Report on horse surra - Volume I
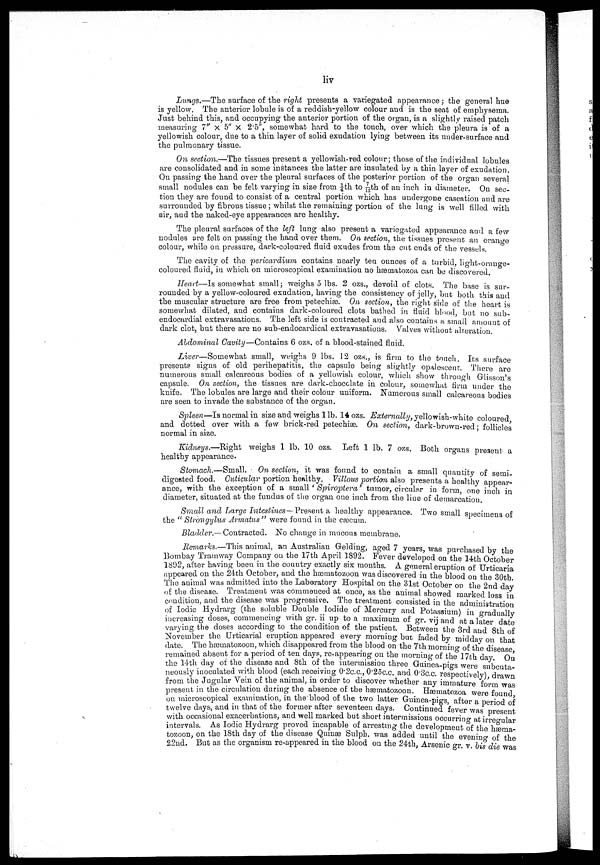
liv
Lungs.—The surface of the right presents a variegated appearance; the general hue
is yellow. The anterior lobule is of a reddish-yellow colour and is the seat of emphysema.
Just behind this, and occupying the anterior portion of the organ, is a slightly raised patch
measuring 7" × 5" × 2.5", somewhat hard to the touch, over which the pleura is of a
yellowish colour, due to a thin layer of solid exudation lying between its under-surface and
the pulmonary tissue.
On section.—The tissues present a yellowish-red colour; those of the individual lobules
are consolidated and in some instances the latter are insulated by a thin layer of exudation.
On passing the hand over the pleural surfaces of the posterior portion of the oro-an several
small nodules can be felt varying in size from 1/4th to 7/12th of an inch in diameter. On sec-
tion they are found to consist of a central portion which has undergone caseation and are
surrounded by fibrous tissue ; whilst the remaining portion of the lung is well filled with
air, and the naked-eye appearances are healthy.
The pleural surfaces of the left lung also present a variegated appearance and a few
nodules are felt on passing the hand over them. On section , the tissues present an orange
colour, while on pressure, dark-coloured fluid exudes from the cut ends of the vessels.
The cavity of the pericardium contains nearly ten ounces of a turbid, light-oranoe-
coloured fluid, in which on microscopical examination no hæniafcozoa can be discovered.
Heart—Is somewhat small; weighs 5 lbs. 2 ozs., devoid oF. clots. The base is sur-
rounded by a yellow-coloured exudation, having the consistency of jelly, but both this and
the muscular structure are free from petechiæ. On section, the right side of: the heart is
somewhat dilated, and contains dark-coloured clots bathed in fluid blood but no sub-
endocardial extravasations. The left side is contracted and also contains a small amount of
dark clot, but there are no sub-endocardial extravasations. Valves without alteration
Abdominal Cavity—Contains 6 ozs. of a blood-stained fluid.
Liver— Somewhat small, weighs 9 lbs. 12 ozs., is firm to the touch. Its surface
presents signs of old perihepatitis, the capsule being slightly opalescent:. There are
numerous small calcareous bodies of a yellowish colour, which" show through Glisson's
capsule. On section, the tissues are dark-chocolate in colour, somewhat firm under the
knife. The lobules are large and their colour uniform. Numerous small calcareous bodies
are seen to invade the substance of the organ.
Spleen—Is normal in size and weighs lib. 14 ozs. Externally,yellowish-white
coloured
and dotted over with a few brick-red petechiæ. On section, dark-brown-red ; follicles
normal in size.
Kidneys.—Right
weighs 1 lb. 10 ozs. Left 1 lb. 7 ozs. Both organs present a
healthy appearance.
Stomach.—Small.
On section, it was found to contain a small quantity of semi-
digested food. Cutikular portion healthy. Villous portion also presents a healthy appear-
ance, with the exception of a small 'Spirop)tera' tumor, circular in form, one inch in
diameter, situated at the fundus of the organ one inch from the line of demarcation
Small and Large Intestines — Present a healthy appearance. Two small specimens of
the " Strongylus Armatus" were found in the cæcum.
Bladder.— Contracted. No change in mucous membrane.
Remarks.—This animal, an Australian Gelding, aged 7 years, was purchased by the
Bombay Tramway Company on the 17th April 1S92. Fever developed on the 14th October
1892, after having been in the country exactly six months. A general eruption of Urticaria
appeared on the 24th October, a,nd the hæmatozoon was discovered in the blood on the 30tb
The animal was admitted into the Laboratory Hospital on the 31st October on the 2nd day
of the disease. Treatment was commenced at once, as the animal showed marked loss in
condition, and the disease was progressive. The treatment consisted in the administration
of Iodic Hydrarg (the soluble Double Iodide of Mercury and Potassium) in gradually
increasing doses, commencing with gr. ii up to a maximum of gr. vij and at a later elate
varying the doses according to the condition of the patient. Between the 3rd and 8th of
November the Urticarial eruption appeared every morning but faded by midday on that
date. The hæmatozoon, which disappeared from the blood on the 7th moraine- of the disease
remained absent for a period of ten days, re-appearing on the morning of the 17th day On
the 14th day of the disease and 8th of the intermission three Guinea-pigs were subcuta
neously inoculated with blood (each receiving 0.2c.c., 0.2 c.c. and 0.3c.c. respectively) drawn
from the Jugular Vein of the animal, in order to discover whether any immature form was
present in the circulation during the absence of the hæmatozoon. Hæmatozoa were found
on microscopical examination, in the blood of the two latter Guinea-pigs, after a period of
twelve days, and in that of the former after seventeen days. Continued fever was present
with occasional exacerbations, and well marked but short intermissions occurring at irregular
intervals. As Iodic Hydrarg proved incapable of arresting the development of the hæma-
tozoon, on the 18th day of the disease Quinæ Sulph. was added until the evening of the
22nd. But as the organism re-appeared in the blood on the 24th, Arsenic gr. v bis die was